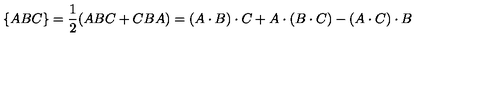
\{ A B C \} = \frac { 1 } { 2 } ( A B C + C B A ) = ( A \cdot B ) \cdot C + A \cdot ( B \cdot C ) - ( A \cdot C ) \cdot B